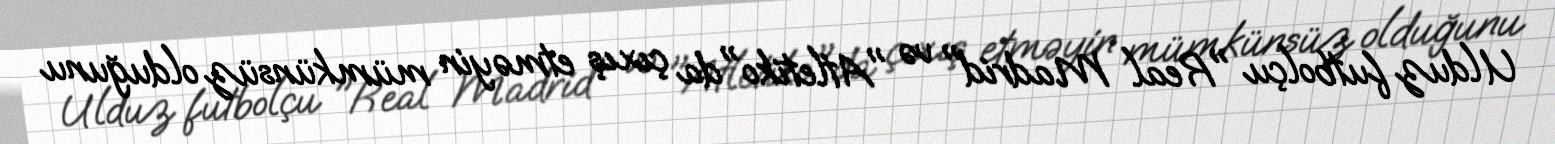
Ulduz futbolçu "Real Madrid" və "Atletiko"da çıxış etməyin mümkünsüz olduğunu